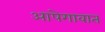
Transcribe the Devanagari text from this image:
आपेगावात